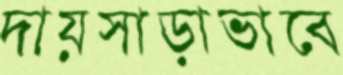
দায়সাড়াভাবে